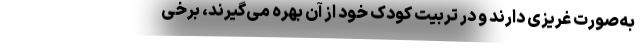
به‌صورت غریزی دارند و در تربیت کودک خود از آن بهره می‌گیرند، برخی